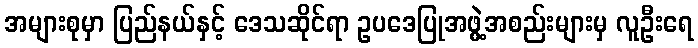
အများစုမှာ ပြည်နယ်နှင့် ဒေသဆိုင်ရာ ဥပဒေပြုအဖွဲ့အစည်းများမှ လူဦးရေ